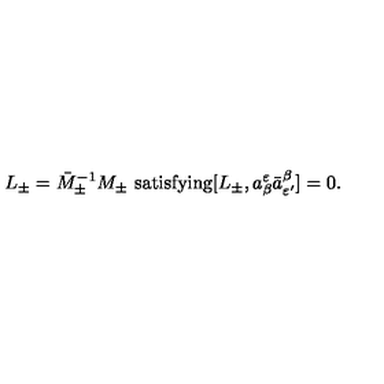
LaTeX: L _ { \pm } = \bar { M } _ { \pm } ^ { - 1 } M _ { \pm } \ \mathrm { s a t i s f y i n g } [ L _ { \pm } , a _ { \beta } ^ { \varepsilon } \bar { a } _ { \varepsilon ^ { \prime } } ^ { \beta } ] = 0 .